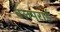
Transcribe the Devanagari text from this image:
वलपराई